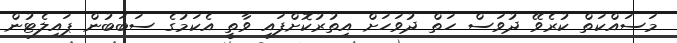
މަސައްކަތް ކުރެވޭ ދުވަސް ހަތް ދުވަހަށް އިތުރުކޮށްފައި ވާތީ އެކަމުގެ ސަބަބުން ޕައިލެޓުން